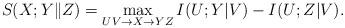
LaTeX: \begin{align*}&S_{}(X;Y\|Z)=\max_{UV\rightarrow X\rightarrow YZ}I(U;Y|V)-I(U;Z|V).\end{align*}